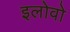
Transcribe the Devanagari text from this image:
इलोवो